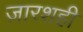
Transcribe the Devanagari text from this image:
ज़ारशही